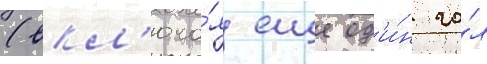
(вкл'юча́я еще од'и́н го́л